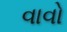
વાવો